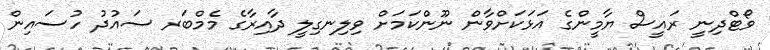
ވޯޓްދިނީ ރައީސް ޔާމީންގެ އަޅަކަށްވާން ނޫންކަމަށް ވިލިނގިލީ ދާއިރާގެ މެމްބަރ ސައުދު ހުސައިން